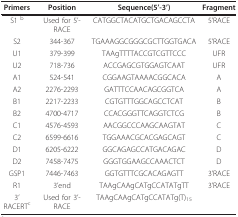
<table><thead><tr><td><b>Primers</b></td><td><b>Position</b></td><td><b>Sequence(5&#x27;-3&#x27;)</b></td><td><b>Fragment</b></td></tr></thead><tbody><tr><td>S1 <sup>b</sup></td><td>Used for 5&#x27;-RACE</td><td>CATGGCTACATGCTGACAGCCTA</td><td>5&#x27;RACE</td></tr><tr><td>S2</td><td>344-367</td><td>TGAAAGGCGGGCGCTTGGTGACA</td><td>5&#x27;RACE</td></tr><tr><td>U1</td><td>379-399</td><td>TAAgTTTTACCGTCGTTCCC</td><td>UFR</td></tr><tr><td>U2</td><td>718-736</td><td>ACCGAGCGTGGAGTCAAT</td><td>UFR</td></tr><tr><td>A1</td><td>524-541</td><td>CGGAAGTAAAACGGCACA</td><td>A</td></tr><tr><td>A2</td><td>2276-2293</td><td>GATTTCCAACAGCGGTCA</td><td>A</td></tr><tr><td>B1</td><td>2217-2233</td><td>CGTGTTTGGCAGCCTCAT</td><td>B</td></tr><tr><td>B2</td><td>4700-4717</td><td>CCACGGGTTCAGGTCTCG</td><td>B</td></tr><tr><td>C1</td><td>4576-4593</td><td>AACGGCCCAAGCAAGTAT</td><td>C</td></tr><tr><td>C2</td><td>6599-6616</td><td>TGGAAACGCACGAGCAGT</td><td>C</td></tr><tr><td>D1</td><td>6205-6222</td><td>GGCAGAGCCATGACAGAC</td><td>D</td></tr><tr><td>D2</td><td>7458-7475</td><td>GGGTGGAAGCCAAACTCT</td><td>D</td></tr><tr><td>GSP1</td><td>7446-7463</td><td>GGTGTTTCGCACAGAGTT</td><td>3&#x27;RACE</td></tr><tr><td>R1</td><td>3&#x27;end</td><td>TAAgCAAgCATgCCATATgTT</td><td>3&#x27;RACE</td></tr><tr><td>3&#x27; RACERT<sup>c</sup></td><td>Used for 3&#x27;-RACE</td><td>TAAgCAAgCATgCCATATg(T)<sub>15</sub></td><td></td></tr></tbody></table>